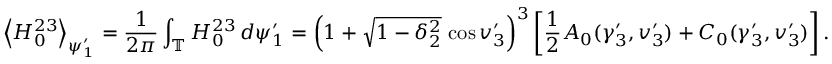
\left\langle H _ { 0 } ^ { 2 3 } \right\rangle _ { \psi _ { 1 } ^ { \prime } } = \frac { 1 } { 2 \pi } \int _ { \mathbb { T } } H _ { 0 } ^ { 2 3 } \, d \psi _ { 1 } ^ { \prime } = \left( 1 + \sqrt { 1 - \delta _ { 2 } ^ { 2 } } \, \cos v _ { 3 } ^ { \prime } \right) ^ { 3 } \left[ \frac { 1 } { 2 } A _ { 0 } ( \gamma _ { 3 } ^ { \prime } , v _ { 3 } ^ { \prime } ) + C _ { 0 } ( \gamma _ { 3 } ^ { \prime } , v _ { 3 } ^ { \prime } ) \right] .